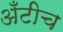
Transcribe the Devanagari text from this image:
अँटीच